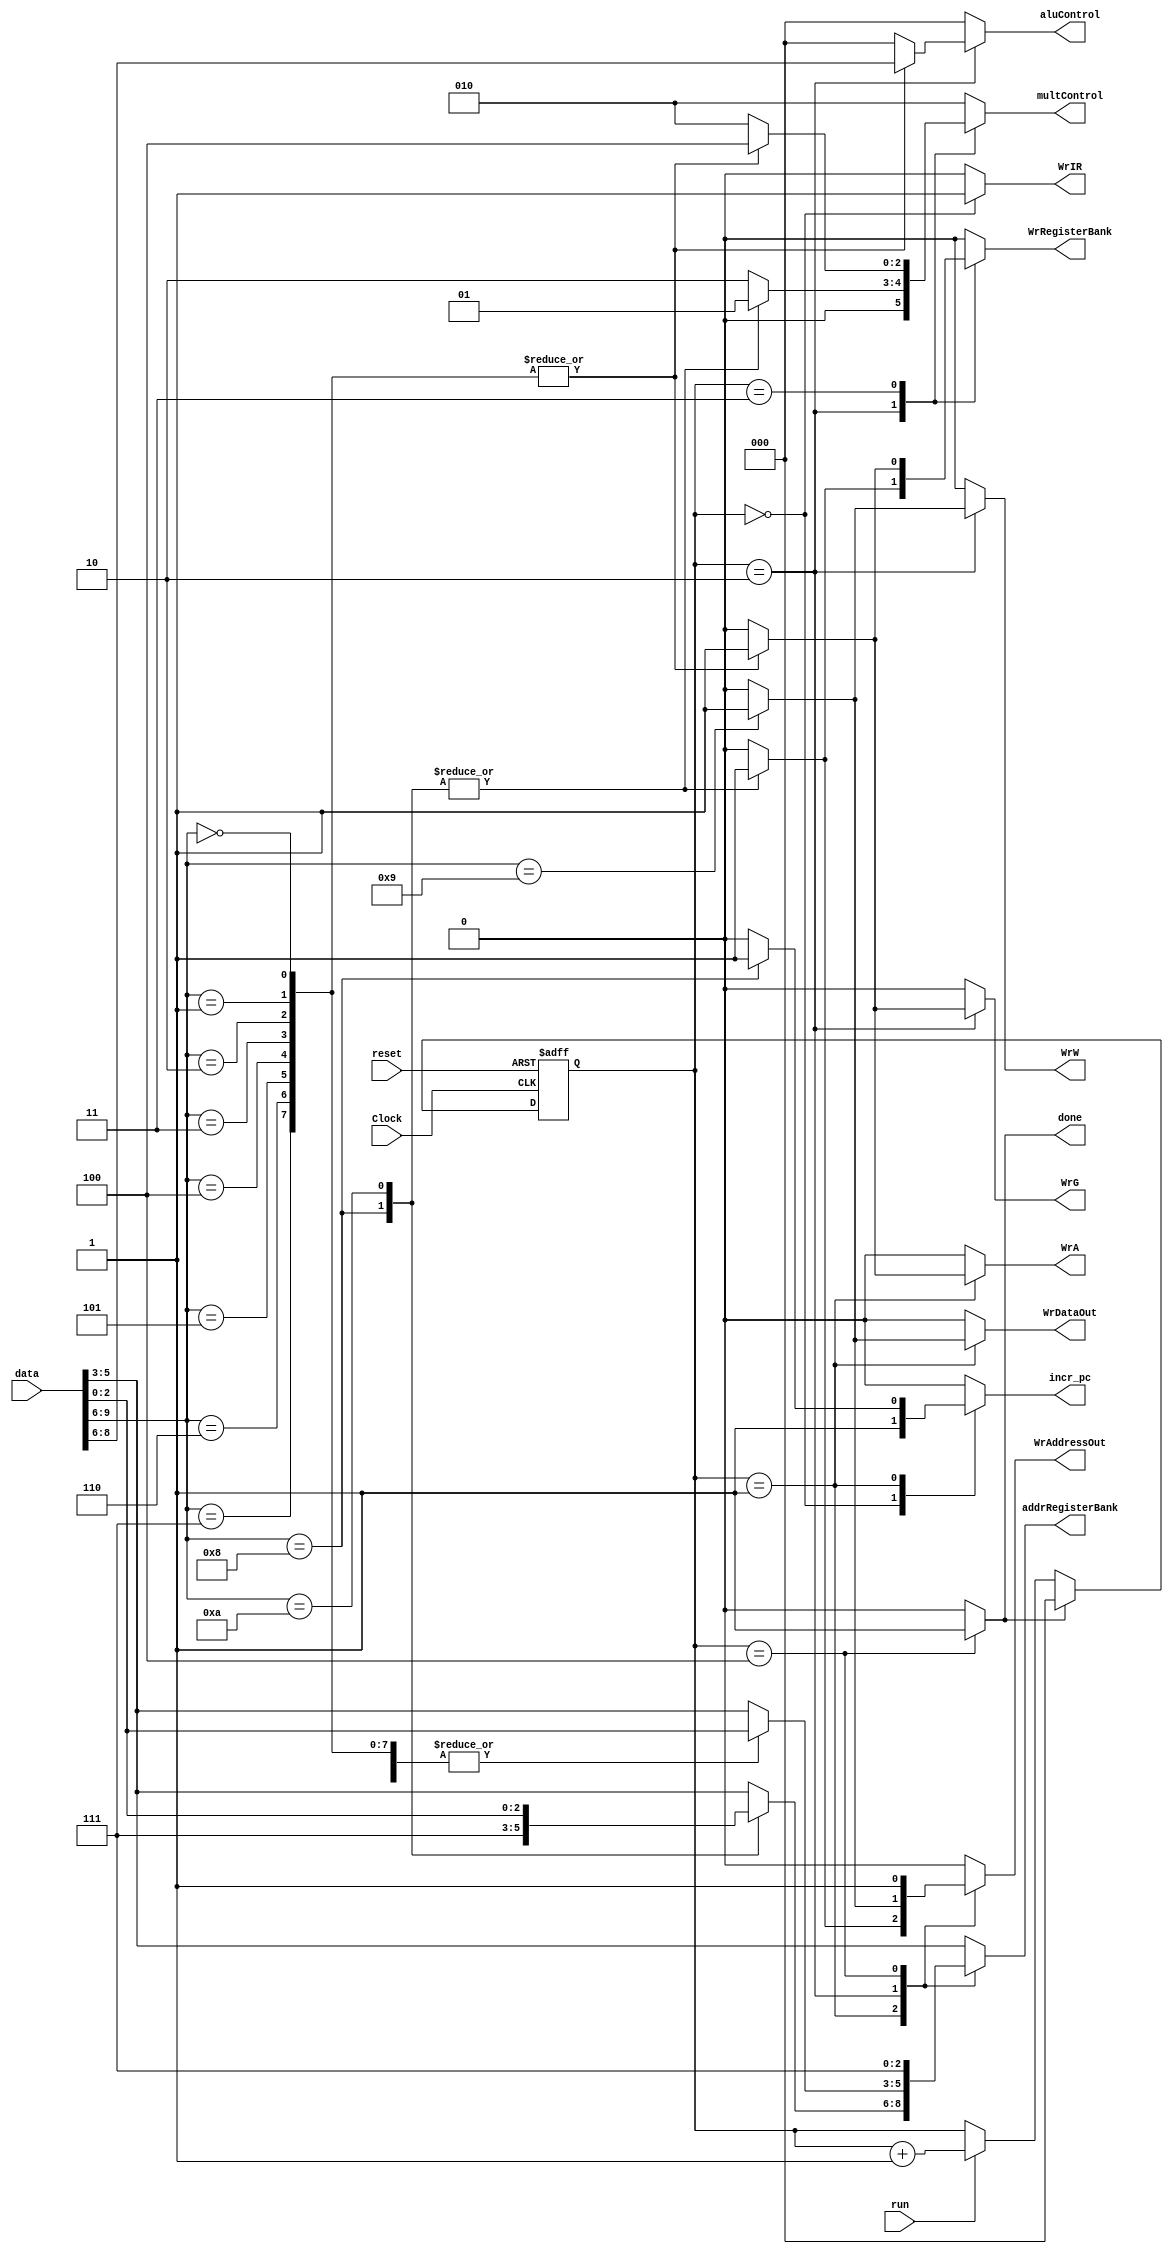
module control (
  input Clock, run, reset,
  input [9:0] data,
  output reg done, incr_pc, WrRegisterBank, WrIR, WrW, WrDataOut, WrAddressOut, WrA, WrG,
  output reg [2:0] multControl, addrRegisterBank, aluControl
);

  localparam PC = 7;

  // Multiplex Variables
  localparam DIN = 1, RB = 2, ALU = 4;

  // Instructions Opcodes
  localparam ADD = 0, SUB = 1, AND = 2, SLL = 3, SRL = 4, SLT = 5,
             MVNZ = 6, MV = 7, MVI = 8, SD = 9, LD = 10;

/**
 * Control Logic Description
 *
 * ZZZZXXXYYY
 * Z[4] = Opcode
 * X[3] = Rx
 * Y[3] = Ry
 *
 * ADD:  Rx = Rx + Ry           Opcode => 0000
 * SUB:  Rx = Rx - Ry           Opcode => 0001
 * AND:  Rx = Rx & Ry           Opcode => 0010
 * SLL:  Rx = Rx << Ry          Opcode => 0011
 * SRL:  Rx = Rx >> Ry          Opcode => 0100
 * SLT:  Rx = Rx < Ry           Opcode => 0101
 * MVNZ: Rx = G !== 0 ? Ry : Rx Opcode => 0110
 * MV:   Rx = Ry                Opcode => 0111
 * MVI:  Rx = #D                Opcode => 1000
 * SD:   MEM[Ry] = Rx           Opcode => 1001
 * LD:   Rx = MEM[Ry]           Opcode => 1010
 */

  wire [2:0] Rx, Ry;
  assign Rx = data[5:3];
  assign Ry = data[2:0];

  reg [2:0] step;

  initial
    step = 3'b0;

  always @(posedge Clock, posedge reset)
    if(reset)
      step = 3'b0;
    else if(done)
      step = 3'b0;
    else if(run)
      step = step + 3'b1;

  always @(step) begin
    // Disabling all controls
    WrW = 1'b0;
    WrA = 1'b0;
    WrG = 1'b0;
    WrIR = 1'b0;
    done = 1'b0;
    incr_pc = 1'b0;
    WrDataOut = 1'b0;
    WrAddressOut = 1'b0;
    WrRegisterBank = 1'b0;

    multControl = RB;
    addrRegisterBank = Rx;
    aluControl = ADD;

    case(step)
      3'b000:
        begin
          WrIR = 1'b1;
          incr_pc = 1'b1;
        end
      3'b001:
        case(data[9:6])
         ADD, SUB, AND, SLL, SRL, SLT, MVNZ, MV:
            begin
              multControl = RB;
              addrRegisterBank = Rx;
              WrA = 1'b1;
            end
          MVI:
            begin
              incr_pc = 1'b1;
              multControl = RB;
              addrRegisterBank = PC;
              WrAddressOut = 1'b1;
            end
          LD:
            begin
              addrRegisterBank = Ry;
              multControl = RB;
              WrAddressOut = 1'b1;
            end
          SD:
            begin
              addrRegisterBank = Rx;
              multControl = RB;
              WrDataOut = 1'b1;
            end
        endcase
      3'b010:
        case(data[9:6])
          ADD, SUB, AND, SLL, SRL, SLT, MVNZ, MV:
            begin
              addrRegisterBank = Ry;
              aluControl = data[8:6];  // Value corresponding to ALU
              WrG = 1'b1;
            end
          MVI, LD:
            begin
              multControl = DIN;
              addrRegisterBank = Rx;
              WrRegisterBank = 1'b1;
            end
          SD:
            begin
              addrRegisterBank = Ry;
              multControl = RB;
              WrAddressOut = 1'b1;
              WrW = 1'b1;
            end
        endcase
      3'b011:
        case(data[9:6])
          ADD, SUB, AND, SLL, SRL, SLT, MVNZ, MV:
            begin
              multControl = ALU;
              addrRegisterBank = Rx;
              WrRegisterBank = 1'b1;
            end
        endcase
      3'b100:
        begin
          done = 1'b1;
          multControl = RB;
          WrAddressOut = 1'b1;
          addrRegisterBank = PC;
        end
    endcase
    end

endmodule